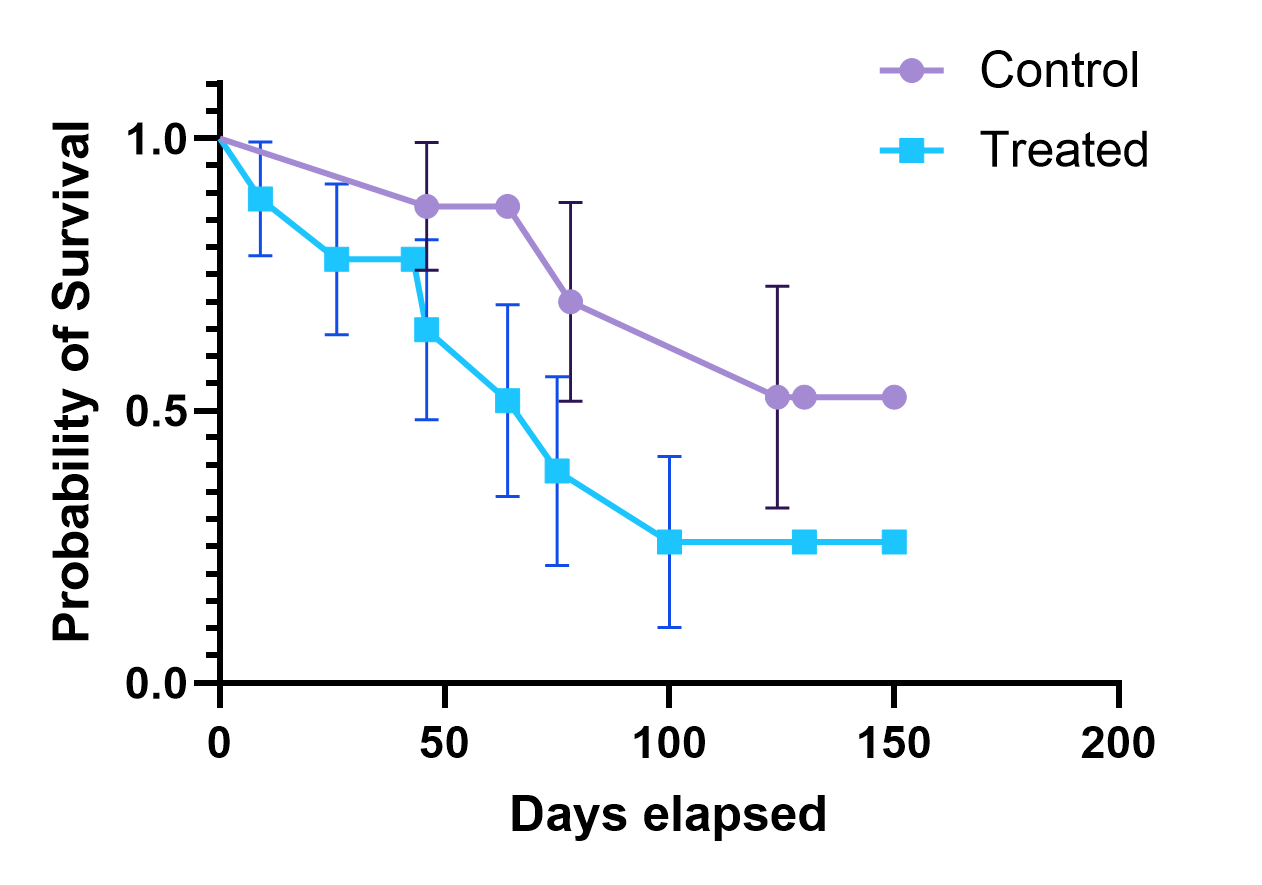
graphpad, survival, two groups, point, error bar